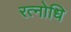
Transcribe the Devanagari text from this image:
रत्नोधि